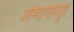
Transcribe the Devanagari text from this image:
ओम्दागानदूर